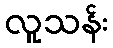
လူသန်း